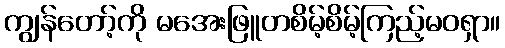
ကျွန်တော့်ကို မအေးဖြူတစိမ့်စိမ့်ကြည့်မဝရှာ။